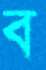
ব